Paatsalu_vallavalitsus, lk 29
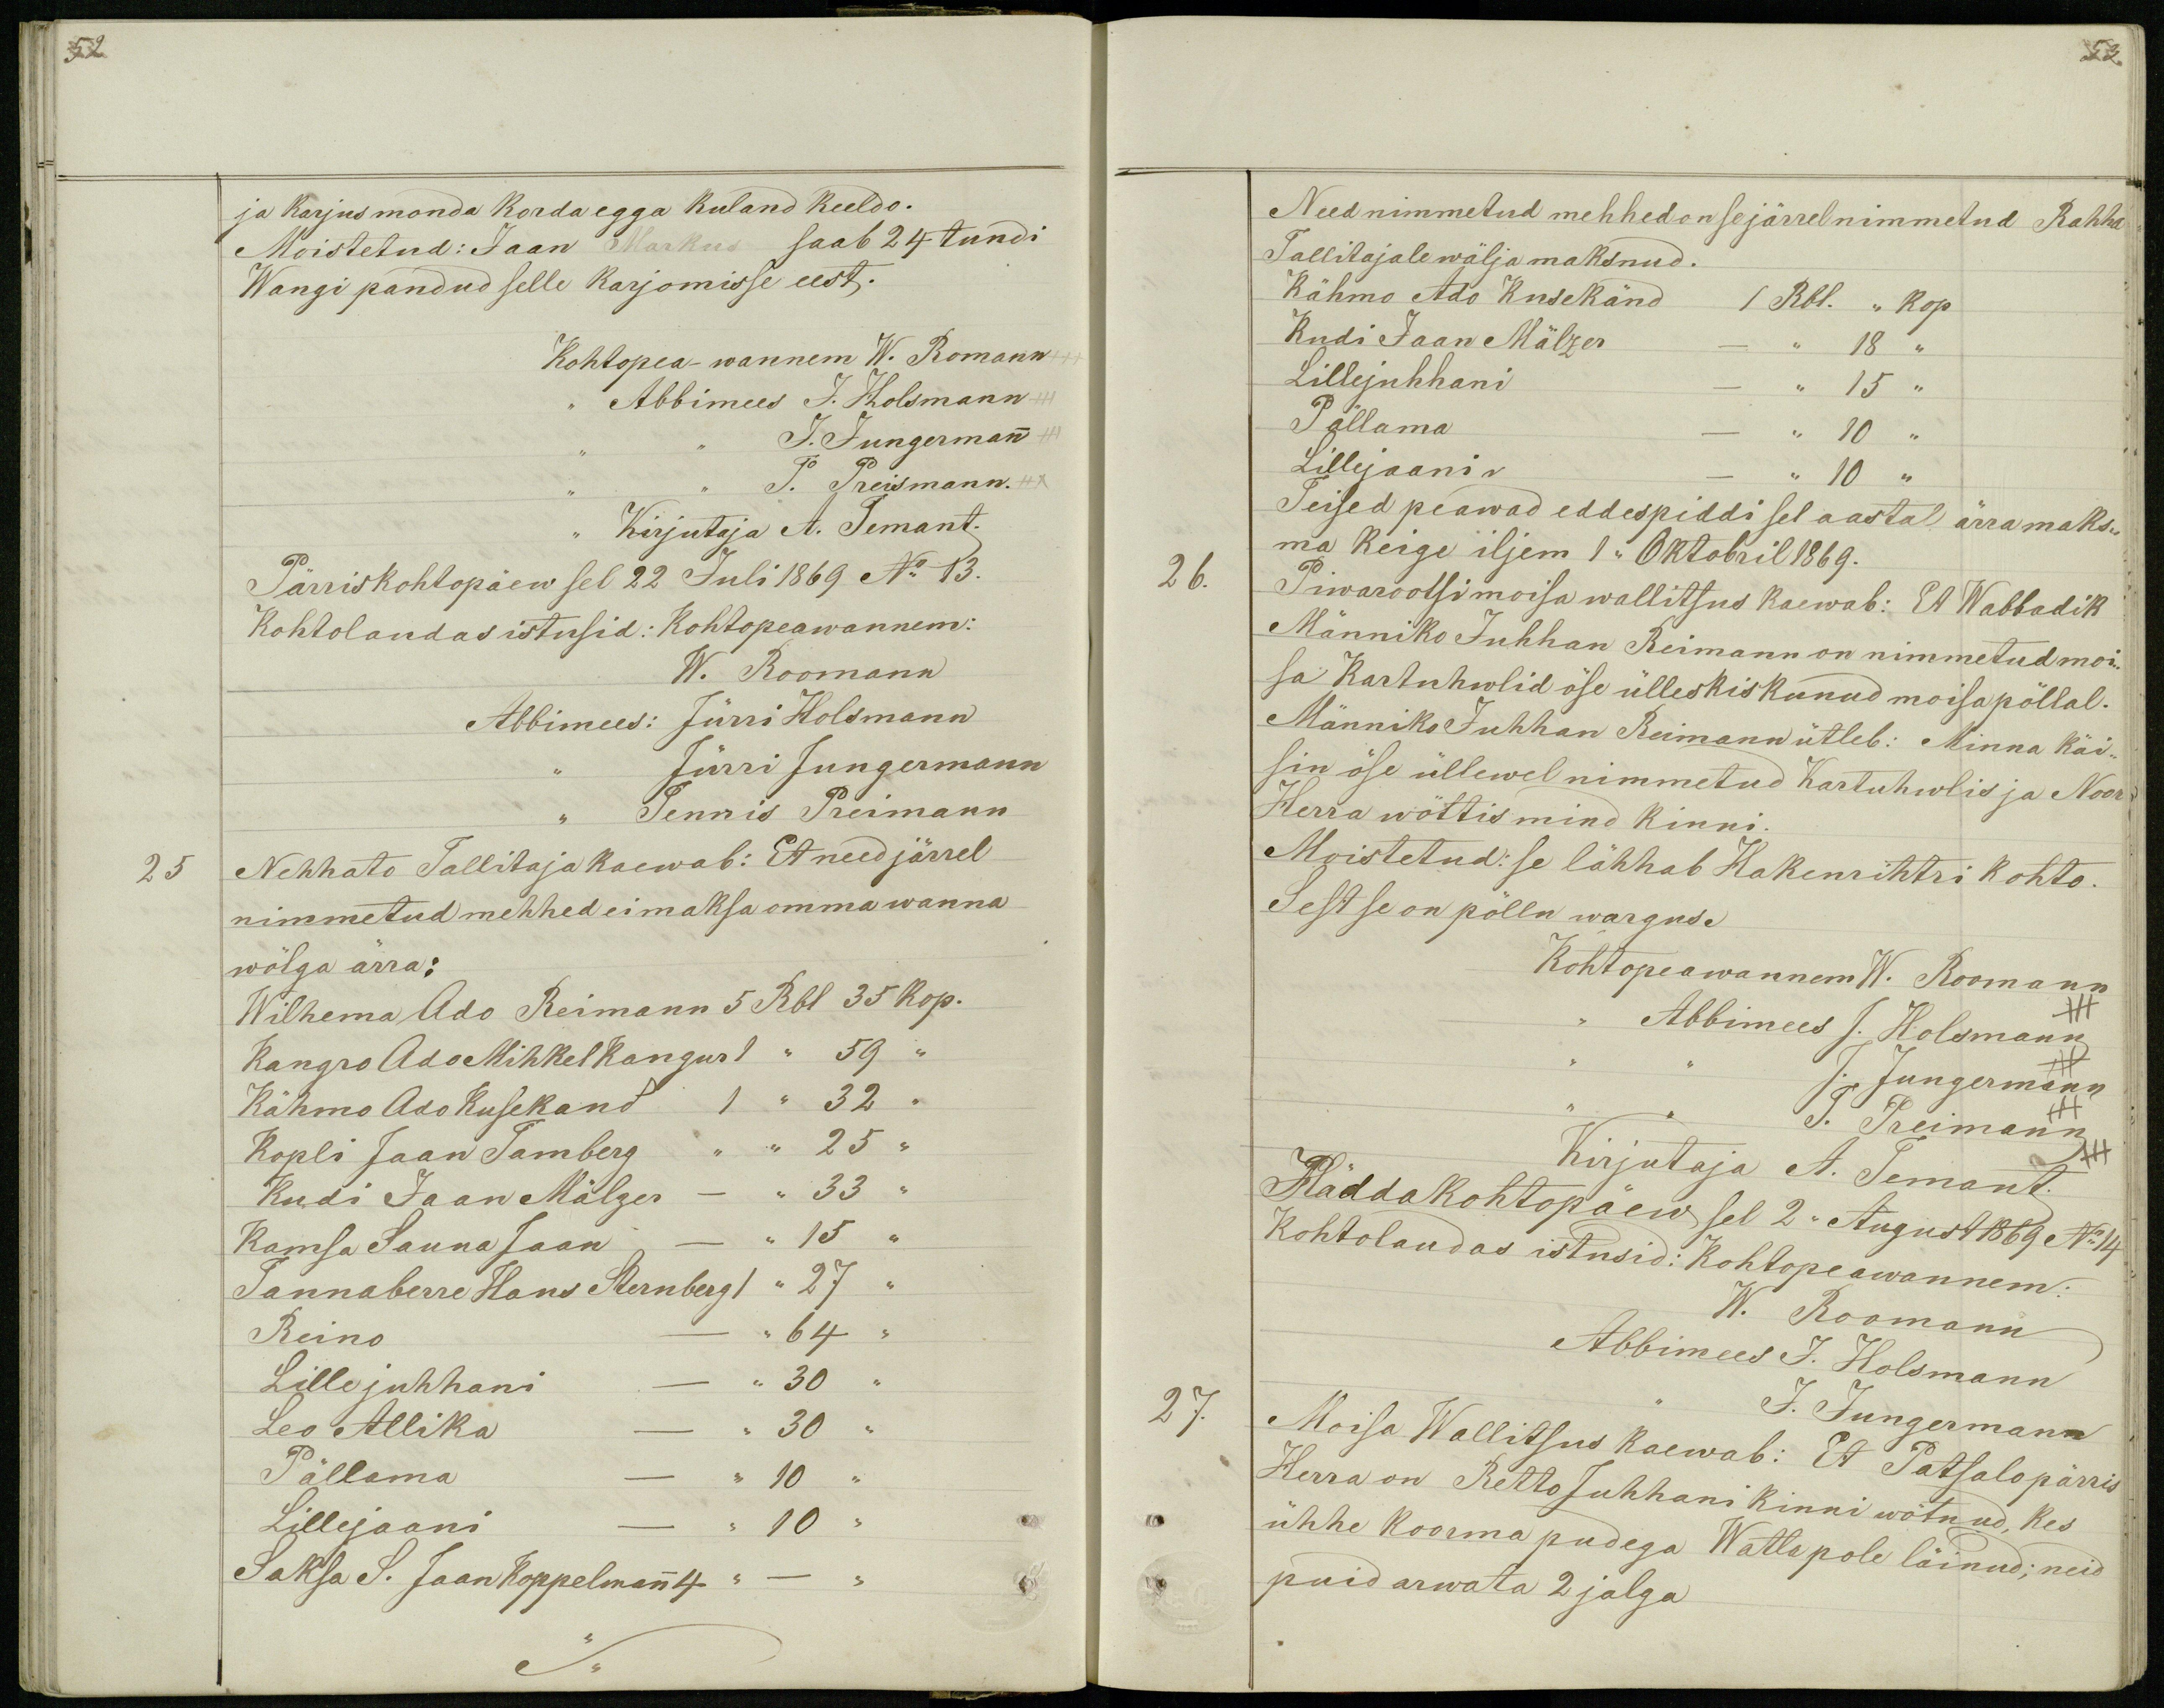
52

ja karjus monda korda egga kuland keeldo.
Moistetud: Jaan Markus saab 24 tundi
Wangi pandud selle karjomisse eest.
Kohtopea-wannem W. Romann
,, Abbimees J. Holsmann
J. Jungermann
J. Preismann.
,, Kirjutaja A. Temant.
Pärriskohtopäew sel 22 Juli 1869 No 13.
Kohtolaudas istusid: Kohtopeawannem:
W. Roomann
Abbimees: Jürri Holsmann
Jürri Jungermann
Tennis Preimann
25
Nehhato Tallitaja kaewab: Et need järrel
nimmetud mehhed ei maksa omma wanna
wõlga ärra:
Wilhema Ado Reimann 5 Rbl 35 kop.
Kangro Ado Mihkel Kangur 1 ,, 59 ,,
Kähmo Ado Kusekand 1 ,, 32 ,,
Kopli Jaan Tamberg ,, ,, 25 ,,
Kudi Jaan Mälzer - ,, 33 ,,
Kamsa Sauna Jaan - ,,15 ,,
Tannaberre Hans Sternberg 1 ,, 27 ,,
Reino - ,, 64 ,,
Lillejuhhani - ,, 30 ,,
Leo Allika - ,, 30 ,,
Pällama - ,, 10 ,,
Lillejaani - ,,10,,
Saksa S. Jaan Koppelmann ,, - ,,

53.
Need nimmetud mehhed on se järrel nimmetud Rahha
Tallitajale wälja maksnud.
Kähmo Ado Kusekänd 1 Rbl. ,, kop
Kudi Jaan Mälzer - ,,18 ,,
Lillejuhhani - ,, 15 ,,
Pällama - ,, 10 ,,
Lillejaani - ,, 10 ,,
Teised peawad eddespiddi sel aastal ärra maks-
ma keige iljem 1 ,, Oktobril 1869.
26.
Piwarootsi moisa wallitsus kaewab: Et Wabbadik
Männiko Juhhan Reimann on nimmetud moi-
sa Kartuhwlid öse ülleskiskunud moisapõllal.
Männiko Juhhan Reimann ütleb: Minna käi-
sin öse üllewel nimmetud Kartuhwlis ja Noor
Herra wöttis mind kinni.
Moistetud: se lähhab Hakenrihtri kohto.
Sest se on põllu wargus.
Kohtopeawannem W. Roomann
,, Abbimees J. Holsmann
J. Jungermann
J. Preimann
Kirjutaja A. Temant.
Häddakohtopäew sel 2 ,, August 1869 No 14
Kohtolaudas istusid: Kohtopeawannem:
W. Roomann.
Abbimees J. Holsmann
J. Jungermann
27.
Moisa Wallitsus kaewab: Et Patsalo pärris
Herra on Retto Juhhani kinni wötnud, kes
ühhe koorma pudega Watla pole läinud; neid
puid arwata 2 jalga